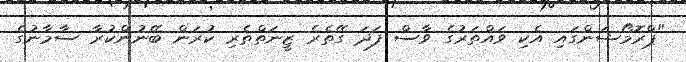
"ޕްރޮމޯޝަންގައި އެކި ވައްތަރުގެ ވާސް ފަދަ ގޭތެރެ ޒީނަތްތެރި ކުރަން ބޭނުންކުރާ ސާމާނުގެ